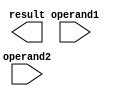
module single_precision_float_adder(
    input [31:0] operand1,
    input [31:0] operand2,
    output reg [31:0] result
);

reg [7:0] exponent1, exponent2, exponentRes;
reg [22:0] fraction1, fraction2, fractionRes;
reg sign1, sign2, signRes;
reg carry;
reg overflow;
wire isZero1, isZero2, isInfinity1, isInfinity2, isNan1, isNan2;

// Check for special cases
assign isZero1 = (TBD);
assign isZero2 = (TBD);
assign isInfinity1 = (TBD);
assign isInfinity2 = (TBD);
assign isNan1 = (TBD);
assign isNan2 = (TBD);

// Perform addition
always @* begin
    // Perform addition with appropriate logic
    // Handle carry, overflow, and rounding
    // Update result with proper format
end

endmodule